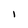
Character: 1